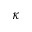
\kappa